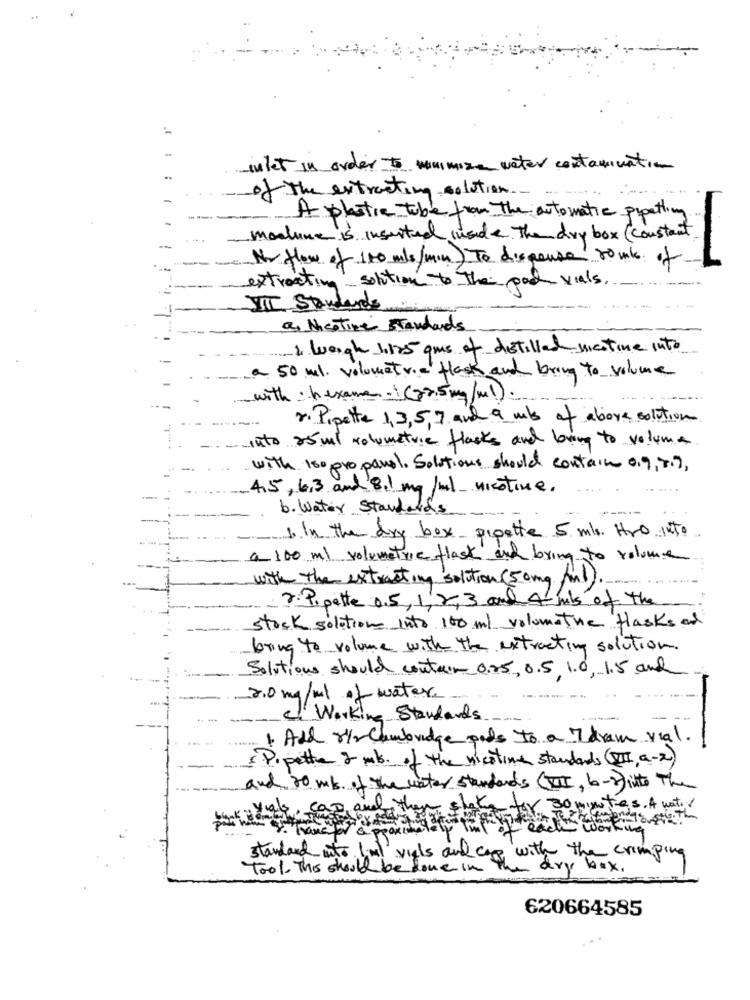
..
-
intet in order to minimize water contamination
..
of the extracting solution
-
-
--
--
A plastic tube from the automatic pipetting
monlune is inserted inside the dry box (constant
--
No flow of 150 mls/min) To dispense tomb of
extracting solution to the por vials.
III Standards
as Nicotine Standards
& weigh 11125 gms of distilled nicotine into
a 50 ml. volumetric flask and bring to volume
with: hexame .: (22.5mg/ml)
--
2. Pipette 1,3, 5,7 and a mls of above solution
- Into 25 ml volumeture flasks and loving to volume
-
with iso propanol. Solutions should contain 0.9, 9.9,
4,5,6,3 and 8.1 mg /ml nicotine.
b. Water Standards
---
1.In the dry box pipette 5 mls. Hro into
a 100 ml volumetric flask and bring to volume
with the extracting solution (50 mg /ml).
2. Pi pette 0.5, 1,2, 3 and 4 mbs of the
stock solutions into 100ml volumetive flasksad
bring to volume with the extracting solution.
Solutions should contain 0.25, 0.5, 1.0, 1.5 and
2.0 mg/ml of water
.. ..
Ci Working Standards
1. Add rir cambridge pods to a Idraw vial.
Pipette 2 mb. of the nicotine standards (I, a-x)
and 20 ml of the water standards (II, b-) into The
az and then !
x 30 montes. A water
standard into liml vials and cap with the crimping
Tool. This should be done in
dry box .
620664585